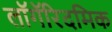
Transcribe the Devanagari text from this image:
लॉगॅरिदमिक